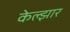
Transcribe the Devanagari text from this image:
केल्झार